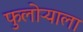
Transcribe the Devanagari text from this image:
फुलोऱ्याला